画像に写った文字を読んでください
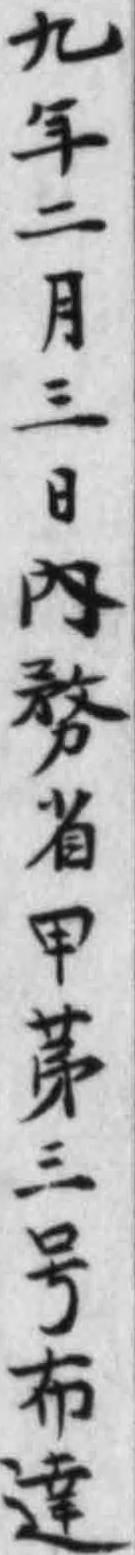
「九年二月三日内務省甲第三号布達」と書いてあります